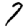
Digit: 7